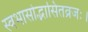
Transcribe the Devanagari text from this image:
स्वभासोद्भासितव्रजः।